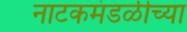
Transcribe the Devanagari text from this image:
नाटकमंडळीच्या